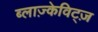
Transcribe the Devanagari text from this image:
ब्लाज़्केविट्ज़